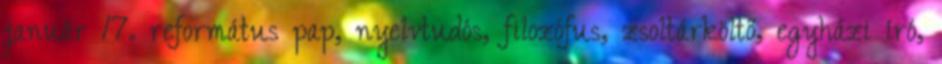
január 17. református pap, nyelvtudós, filozófus, zsoltárköltő, egyházi író,